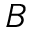
B